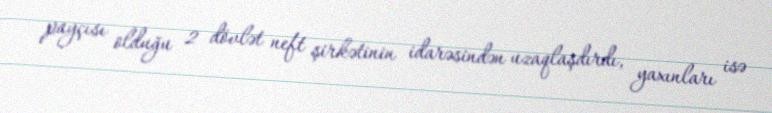
payçısı olduğu 2 dövlət neft şirkətinin idarəsindən uzaqlaşdırdı, yaxınları isə